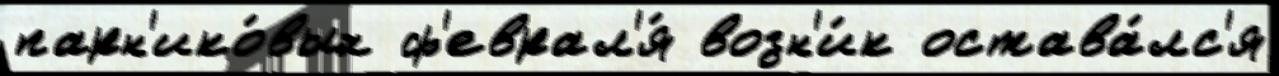
парн'ико́вых ф'еврал'я́ возн'и́к остава́лс'я